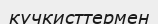
кучкисттермен